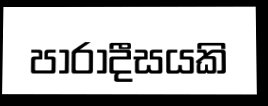
පාරාදීසයකි